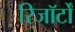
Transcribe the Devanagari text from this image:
रिजॉर्टों